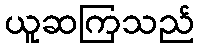
ယူဆကြသည်